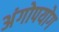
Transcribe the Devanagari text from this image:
अंगोपयोग